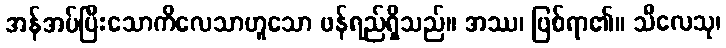
အန်အပ်ပြီးသောကိလေသာဟူသော ဖန်ရည်ရှိသည်။ အဿ၊ ဖြစ်ရာ၏။ သီလေသု၊